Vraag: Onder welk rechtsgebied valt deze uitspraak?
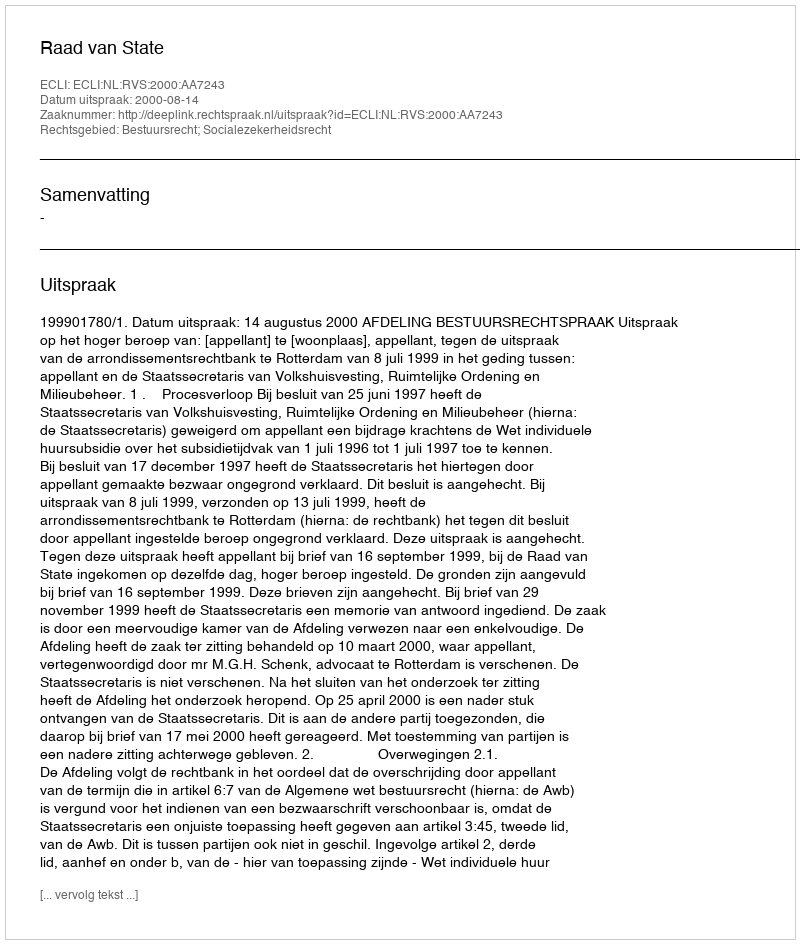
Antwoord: Bestuursrecht; Socialezekerheidsrecht